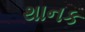
થાનક